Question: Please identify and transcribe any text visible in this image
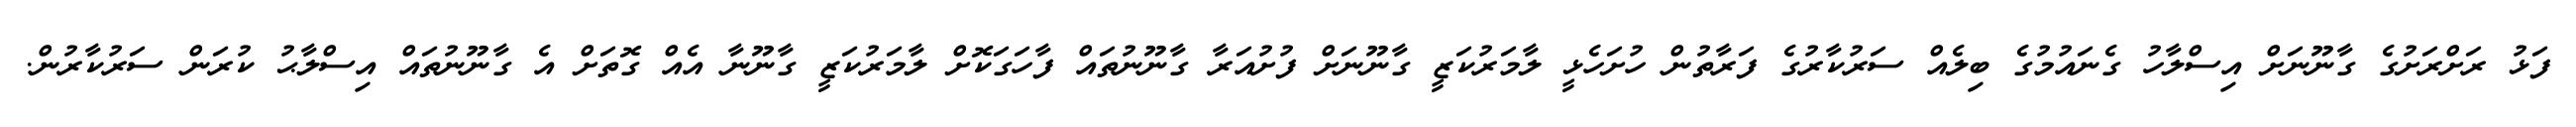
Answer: ފަޅު ރަށްރަށުގެ ގާނޫނަށް އިސްލާހު ގެނައުމުގެ ބިލެއް ސަރުކާރުގެ ފަރާތުން ހުށަހެޅީ ލާމަރުކަޒީ ގާނޫނަށް ފުށުއަރާ ގާނޫނުތައް ފާހަގަކޮށް ލާމަރުކަޒީ ގާނޫނާ އެއް ގޮތަށް އެ ގާނޫނުތައް އިސްލާޙު ކުރަން ސަރުކާރުން.